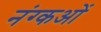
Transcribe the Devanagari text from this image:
नंग्‍कओं